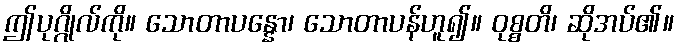
ဤပုဂ္ဂိုလ်ကို။ သောတာပန္နော၊ သောတာပန်ဟူ၍။ ဝုစ္စတိ၊ ဆိုအပ်၏။